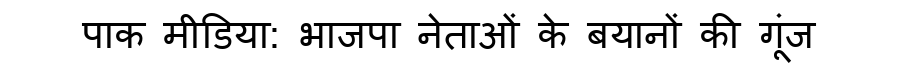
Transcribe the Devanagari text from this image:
पाक मीडिया: भाजपा नेताओं के बयानों की गूंज